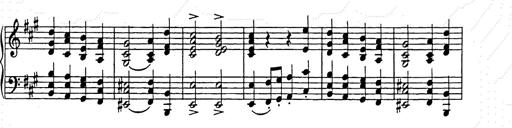
Title: Weihnachtsbaum
Composer: Franz Liszt